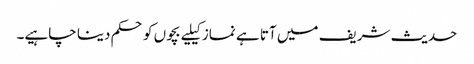
حدیث شریف میں آتا ہے نماز کیلیے بچوں کو حکم دینا چاہیے۔